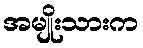
အမျိုးသားက